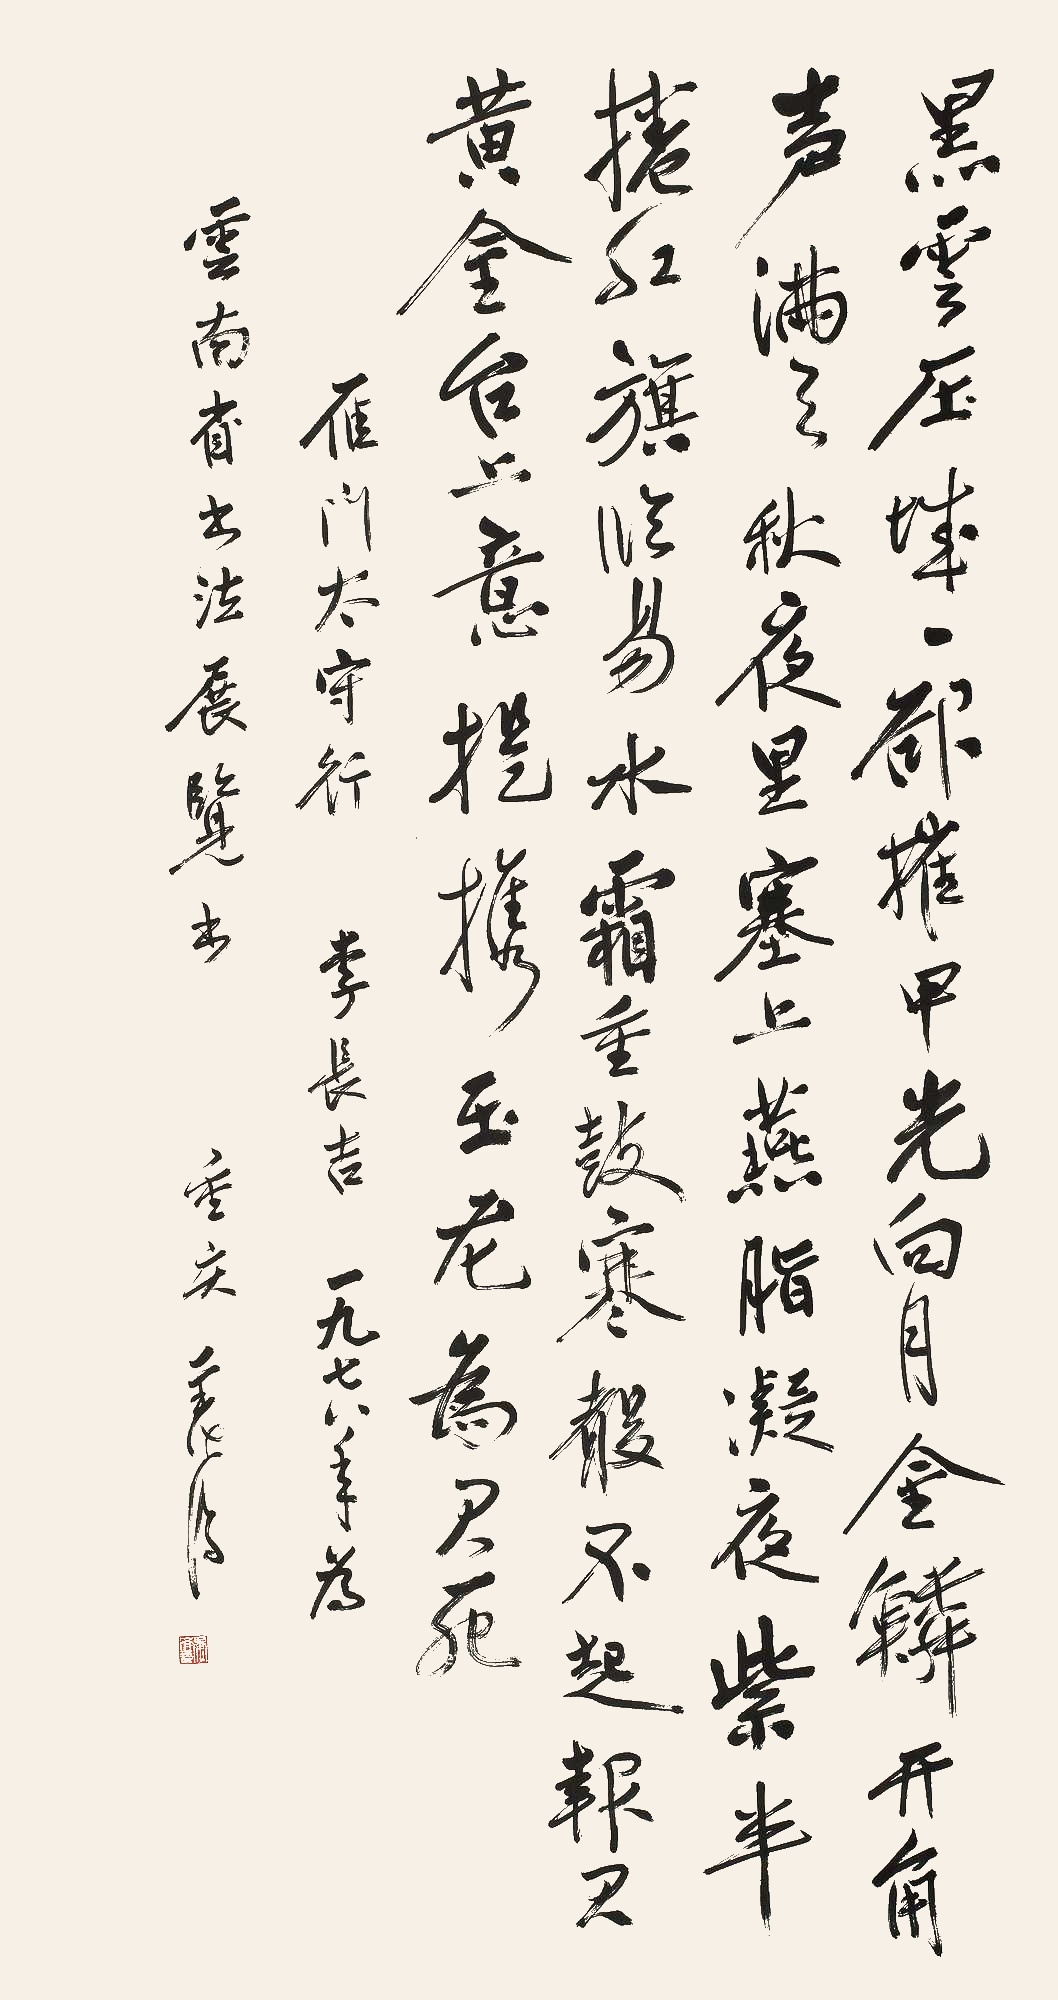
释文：黑云压城城欲摧，甲光向日金鳞开。角声满天秋色里，塞上燕脂凝夜紫。半卷红旗临易水，霜重鼓寒声不起。报君黄金台上意，提携玉龙为君死。雁门太守行，李长吉。一九七八年为云南省书法展览书。重庆老济。